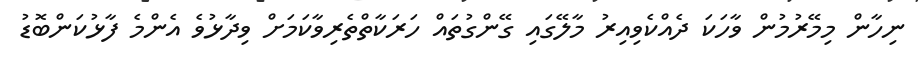
ނިހާން މިމޭރުމުން ވާހަކަ ދެއްކެވިއިރު މާލޭގައި ގޭންގުތައް ހަރަކާތްތެރިވާކަމަށް ވިދާޅުވެ އެންމެ ފާޅުކަންބޮޑު